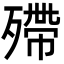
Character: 殢